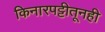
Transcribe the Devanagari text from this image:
किनारपट्टीतूनही